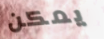
يمكن